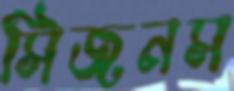
সিজনস